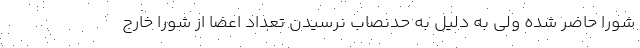
شورا حاضر شده ولی به دلیل به حدنصاب نرسیدن تعداد اعضا از شورا خارج